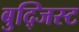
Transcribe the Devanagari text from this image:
बुद्जिस्ट